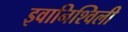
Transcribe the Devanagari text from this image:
इवानिश्विली